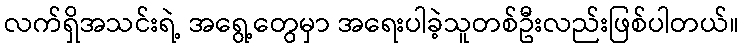
လက်ရှိအသင်းရဲ့ အရွေ့တွေမှာ အရေးပါခဲ့သူတစ်ဦးလည်းဖြစ်ပါတယ်။